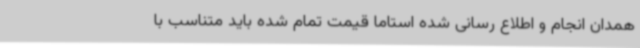
همدان انجام و اطلاع رسانی شده استاما قیمت تمام شده باید متناسب با